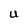
Character: U